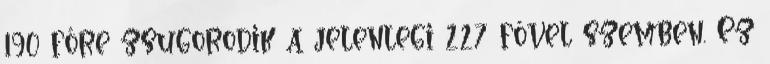
190 főre zsugorodik a jelenlegi 227 fővel szemben. Ez